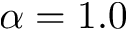
\alpha = 1 . 0